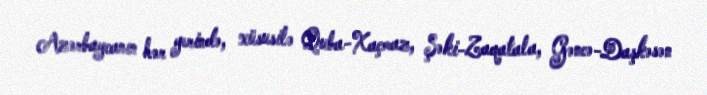
Azərbaycanın hər yerində, xüsusilə Quba-Xaçmaz, Şəki-Zaqatala, Gəncə-Daşkəsən